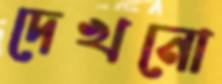
দেখনো